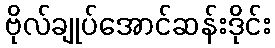
ဗိုလ်ချုပ်အောင်ဆန်းဒိုင်း